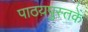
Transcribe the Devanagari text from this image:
पाठय़पुस्तकें